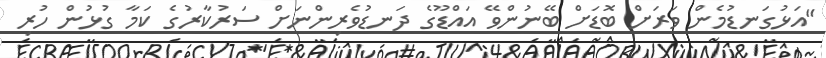
"އަޅުގަނޑުމެން ވަރަށް ބޮޑަށް ބޭނުންވޭ އައްޑޫގެ ދަނޑުވެރިންނަށް ސަރުކާރުގެ ކަމާ ގުޅުން ހުރި